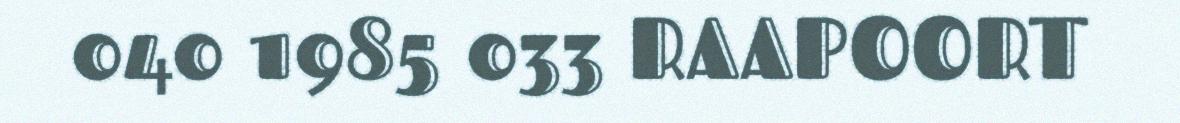
040 1985 033 RAAPOORT